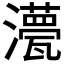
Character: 𭳡